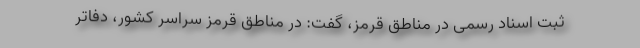
ثبت اسناد رسمی در مناطق قرمز، گفت: در مناطق قرمز سراسر کشور، دفاتر